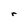
Character: r